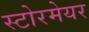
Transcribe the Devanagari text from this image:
स्टोरमेयर